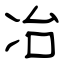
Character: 冶